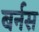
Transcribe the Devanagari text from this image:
बर्नस